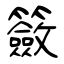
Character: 籢